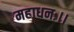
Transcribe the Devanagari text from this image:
महाधनः।।